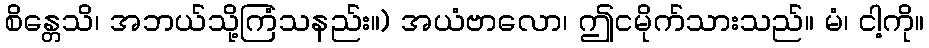
စိန္တေသိ၊ အဘယ်သို့ကြံသနည်း။) အယံဗာလော၊ ဤငမိုက်သားသည်။ မံ၊ ငါ့ကို။